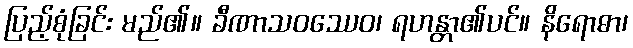
ပြည့်စုံခြင်း မည်၏။ ခီဏာသဝဿေဝ၊ ရဟန္တာ၏ပင်။ နိရောဓာ၊